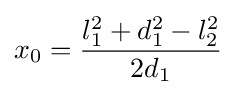
x_{0}={l_{1}^{2}+d_{1}^{2}-l_{2}^{2} \over 2d_{1}}